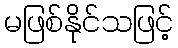
မဖြစ်နိုင်သဖြင့်